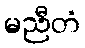
မညီတံ